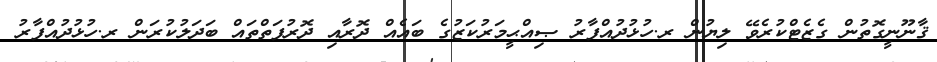
ޤާނޫނީގޮތުން ގެޒެޓްކުރެވޭ ލިޔުން ރ.ހުޅުދުއްފާރު ޞިއްޙީމަރުކަޒުގެ ބައެއް ދޮރާއި ދޮރުފަތްތައް ބަދަލުކުރަން ރ.ހުޅުދުއްފާރު